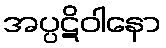
အပ္ပဋိဝါနော